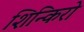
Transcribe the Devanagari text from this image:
शिन्किरो